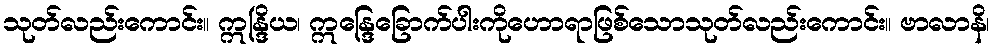
သုတ်လည်းကောင်း။ ဣန္ဒြိယ၊ ဣန္ဒြေခြောက်ပါးကိုဟောရာဖြစ်သောသုတ်လည်းကောင်း။ ဗာလာနိ၊